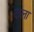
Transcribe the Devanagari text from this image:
दाला